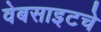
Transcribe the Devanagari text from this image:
वेबसाइटचे